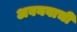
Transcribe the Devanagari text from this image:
अवयवाची